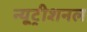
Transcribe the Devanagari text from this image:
न्यूट्रीशनल